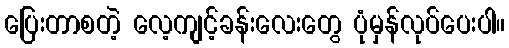
ပြေးတာစတဲ့ လေ့ကျင့်ခန်းလေးတွေ ပုံမှန်လုပ်ပေးပါ။